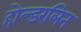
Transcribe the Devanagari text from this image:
होल्डरलिन